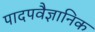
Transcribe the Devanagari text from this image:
पादपवैज्ञानिक